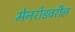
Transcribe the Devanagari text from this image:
मेनरोडवरील